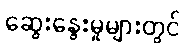
ဆွေးနွေးမှုများတွင်